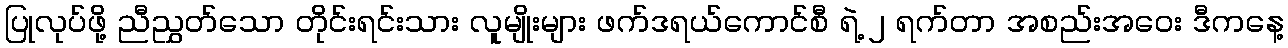
ပြုလုပ်ဖို့ ညီညွှတ်သော တိုင်းရင်းသား လူမျိုးများ ဖက်ဒရယ်ကောင်စီ ရဲ့ ၂ ရက်တာ အစည်းအဝေး ဒီကနေ့